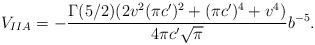
LaTeX: \begin{align*}V_{IIA}=-\frac{\Gamma(5/2) (2v^2(\pi c')^2+(\pi c')^4+v^4)}{4\pi c'\sqrt{\pi}}b^{-5}.\end{align*}